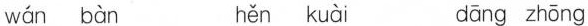
wán bàn hěn kuài dāng zhōng